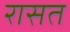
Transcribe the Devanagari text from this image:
रासत